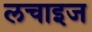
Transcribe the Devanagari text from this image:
लचाइज